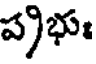
ప్రభుః